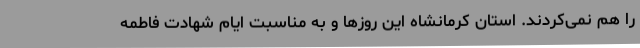
را هم نمی‌کردند. استان کرمانشاه این روزها و به مناسبت ایام شهادت فاطمه